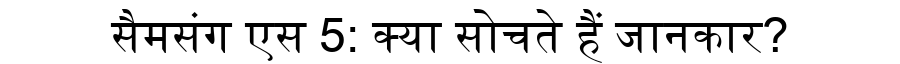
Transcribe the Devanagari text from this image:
सैमसंग एस 5: क्या सोचते हैं जानकार?